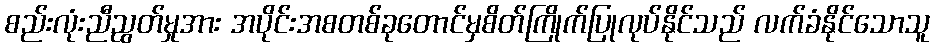
စည်းလုံးညီညွတ်မှုအား အပိုင်းအစတစ်ခုတောင်မှစိတ်ကြိုက်ပြုလုပ်နိုင်သည် လက်ခံနိုင်သောသူ